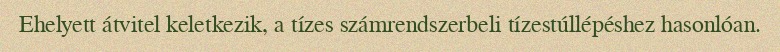
Ehelyett átvitel keletkezik, a tízes számrendszerbeli tízestúllépéshez hasonlóan.